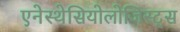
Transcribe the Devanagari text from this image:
एनेस्थेसियोलोजिस्ट्स